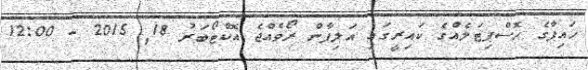
ހައިފާގެ ހޮސްޕިޓަލެއްގެ ކައިރީގައި އަލިފާން ރޯވެއްޖެ އޮކްޓޯބަރު 18